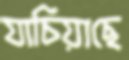
যাচিয়াছে